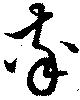
率